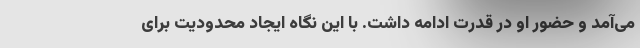
می‌آمد و حضور او در قدرت ادامه داشت. با این نگاه ایجاد محدودیت برای